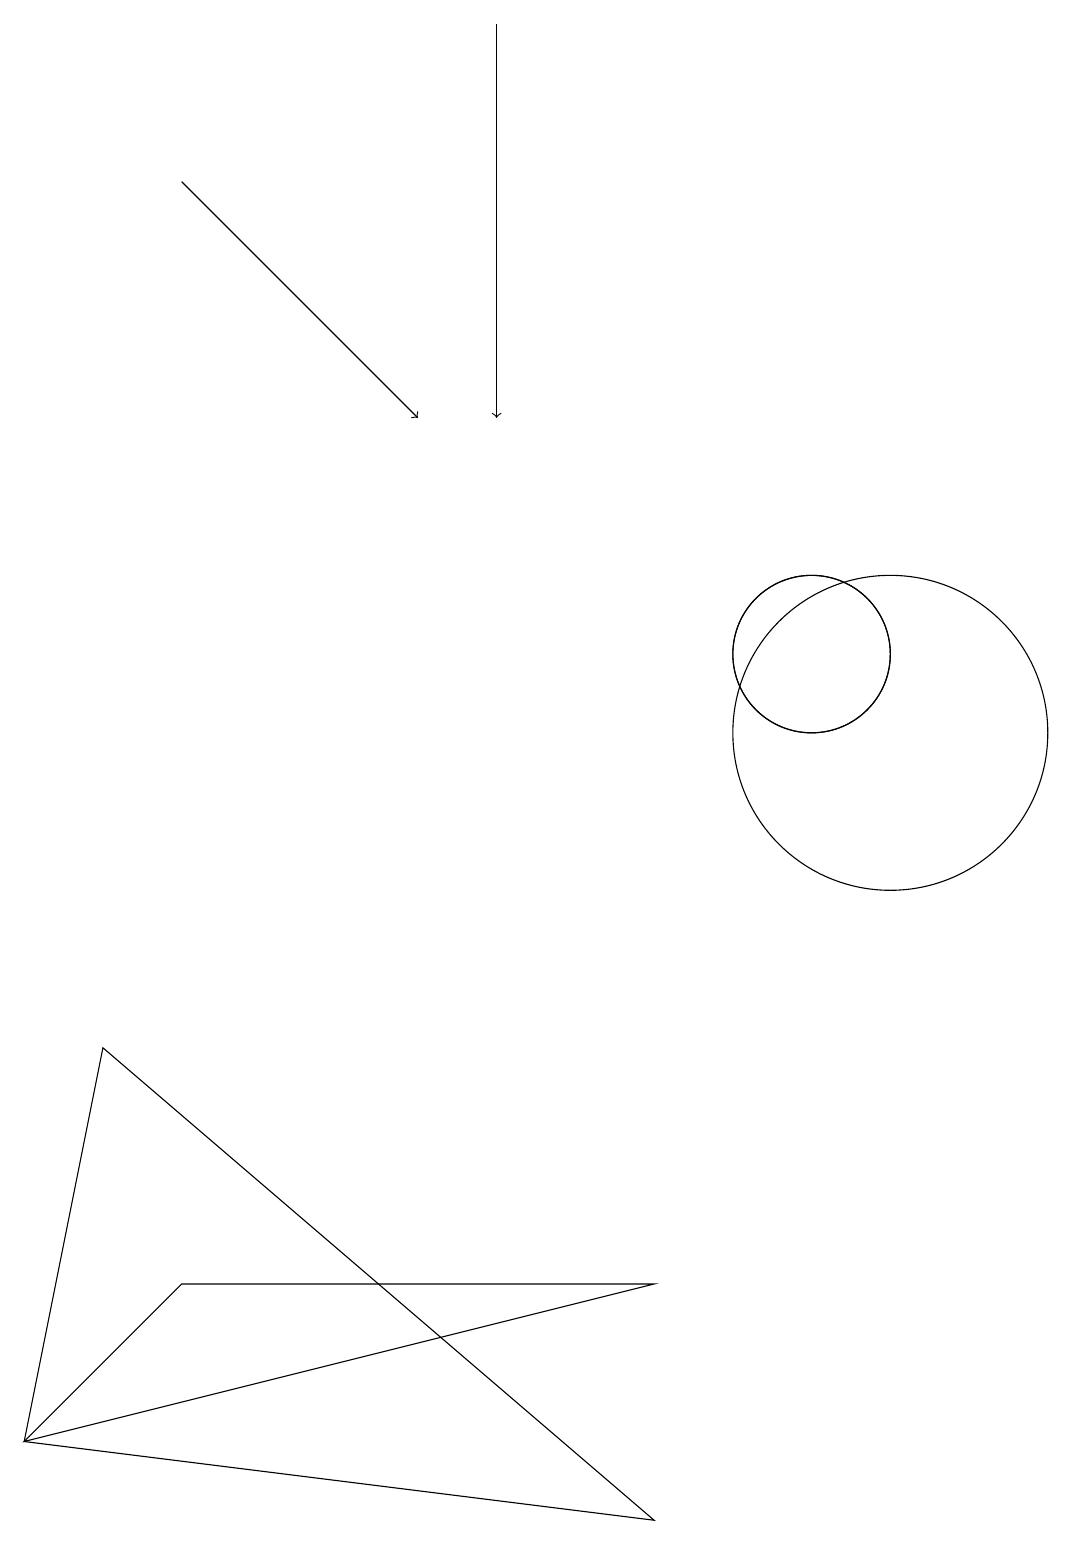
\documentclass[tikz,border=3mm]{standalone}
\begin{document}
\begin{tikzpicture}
\draw[->] (6,19) -- (6,14);
\draw (11,10) circle (2);
\draw (0,1) -- (8,0) -- (1,6) -- cycle;
\draw (10,11) circle (1);
\draw (8,3) -- (2,3) -- (0,1) -- cycle;
\draw[->] (2,17) -- (5,14);
\draw (10,11) circle (1);
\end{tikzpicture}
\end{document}